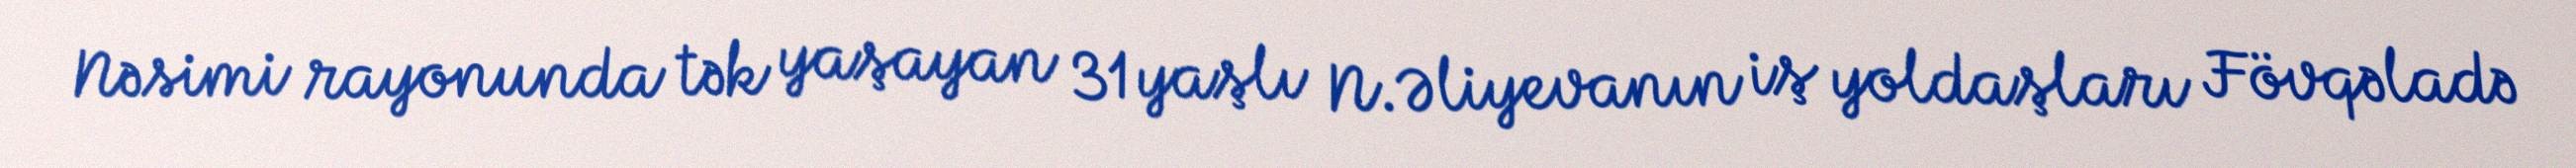
Nəsimi rayonunda tək yaşayan 31 yaşlı N.Əliyevanın iş yoldaşları Fövqəladə